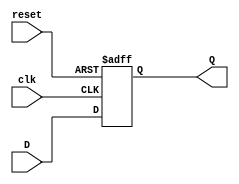
`timescale 1ns / 1ps
//////////////////////////////////////////////////////////////////////////////////
// Company: 
// Engineer: 
// 
// Design Name: 
// Module Name:    dff 
// Project Name: 
// Target Devices: 
// Tool versions: 
// Description: 
//
// Dependencies: 
//
// Revision: 
// Revision 0.01 - File Created
// Additional Comments: 
//
//////////////////////////////////////////////////////////////////////////////////
module dff(
    input D,
    input clk,
    input reset,
    output reg Q
    );

always@(posedge clk or posedge reset)
begin
	if(reset)
		Q<=0;
	else 
		Q<=D;
end

endmodule